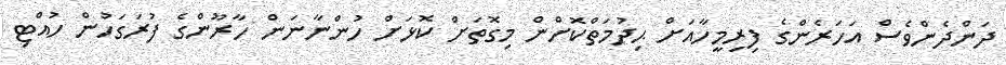
ދަންދެންވެސް އަހަރެންގެ ފިރިމީހާއަށް ޙިދުމަތްކޮށްން މިގޮތަށް ކޮޅަށް ހުންނާނަން ހާރޫންގެ ފުރަގަހުން ހުއްޓި